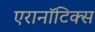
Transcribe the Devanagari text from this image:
एरानाॅटिक्स